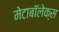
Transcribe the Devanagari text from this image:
मेटाबॉलेक्स